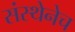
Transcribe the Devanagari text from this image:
संस्थेनेच